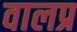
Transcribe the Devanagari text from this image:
वालप्र